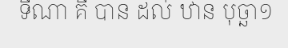
ទីណា គឺ បាន ដល់ ឋាន បុច្ឆា១